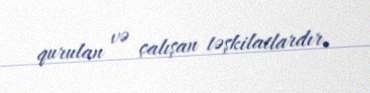
qurulan və çalışan təşkilatlardır.